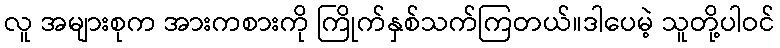
လူ အများစုက အားကစားကို ကြိုက်နှစ်သက်ကြတယ်။ဒါပေမဲ့ သူတို့ပါဝင်